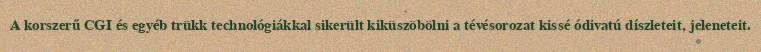
A korszerű CGI és egyéb trükk technológiákkal sikerült kiküszöbölni a tévésorozat kissé ódivatú díszleteit, jeleneteit.